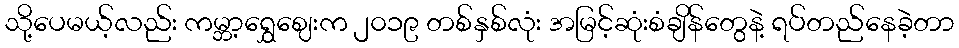
သို့ပေမယ့်လည်း ကမ္ဘာ့ရွှေဈေးက ၂၀၁၉ တစ်နှစ်လုံး အမြင့်ဆုံးစံချိန်တွေနဲ့ ရပ်တည်နေခဲ့တာ